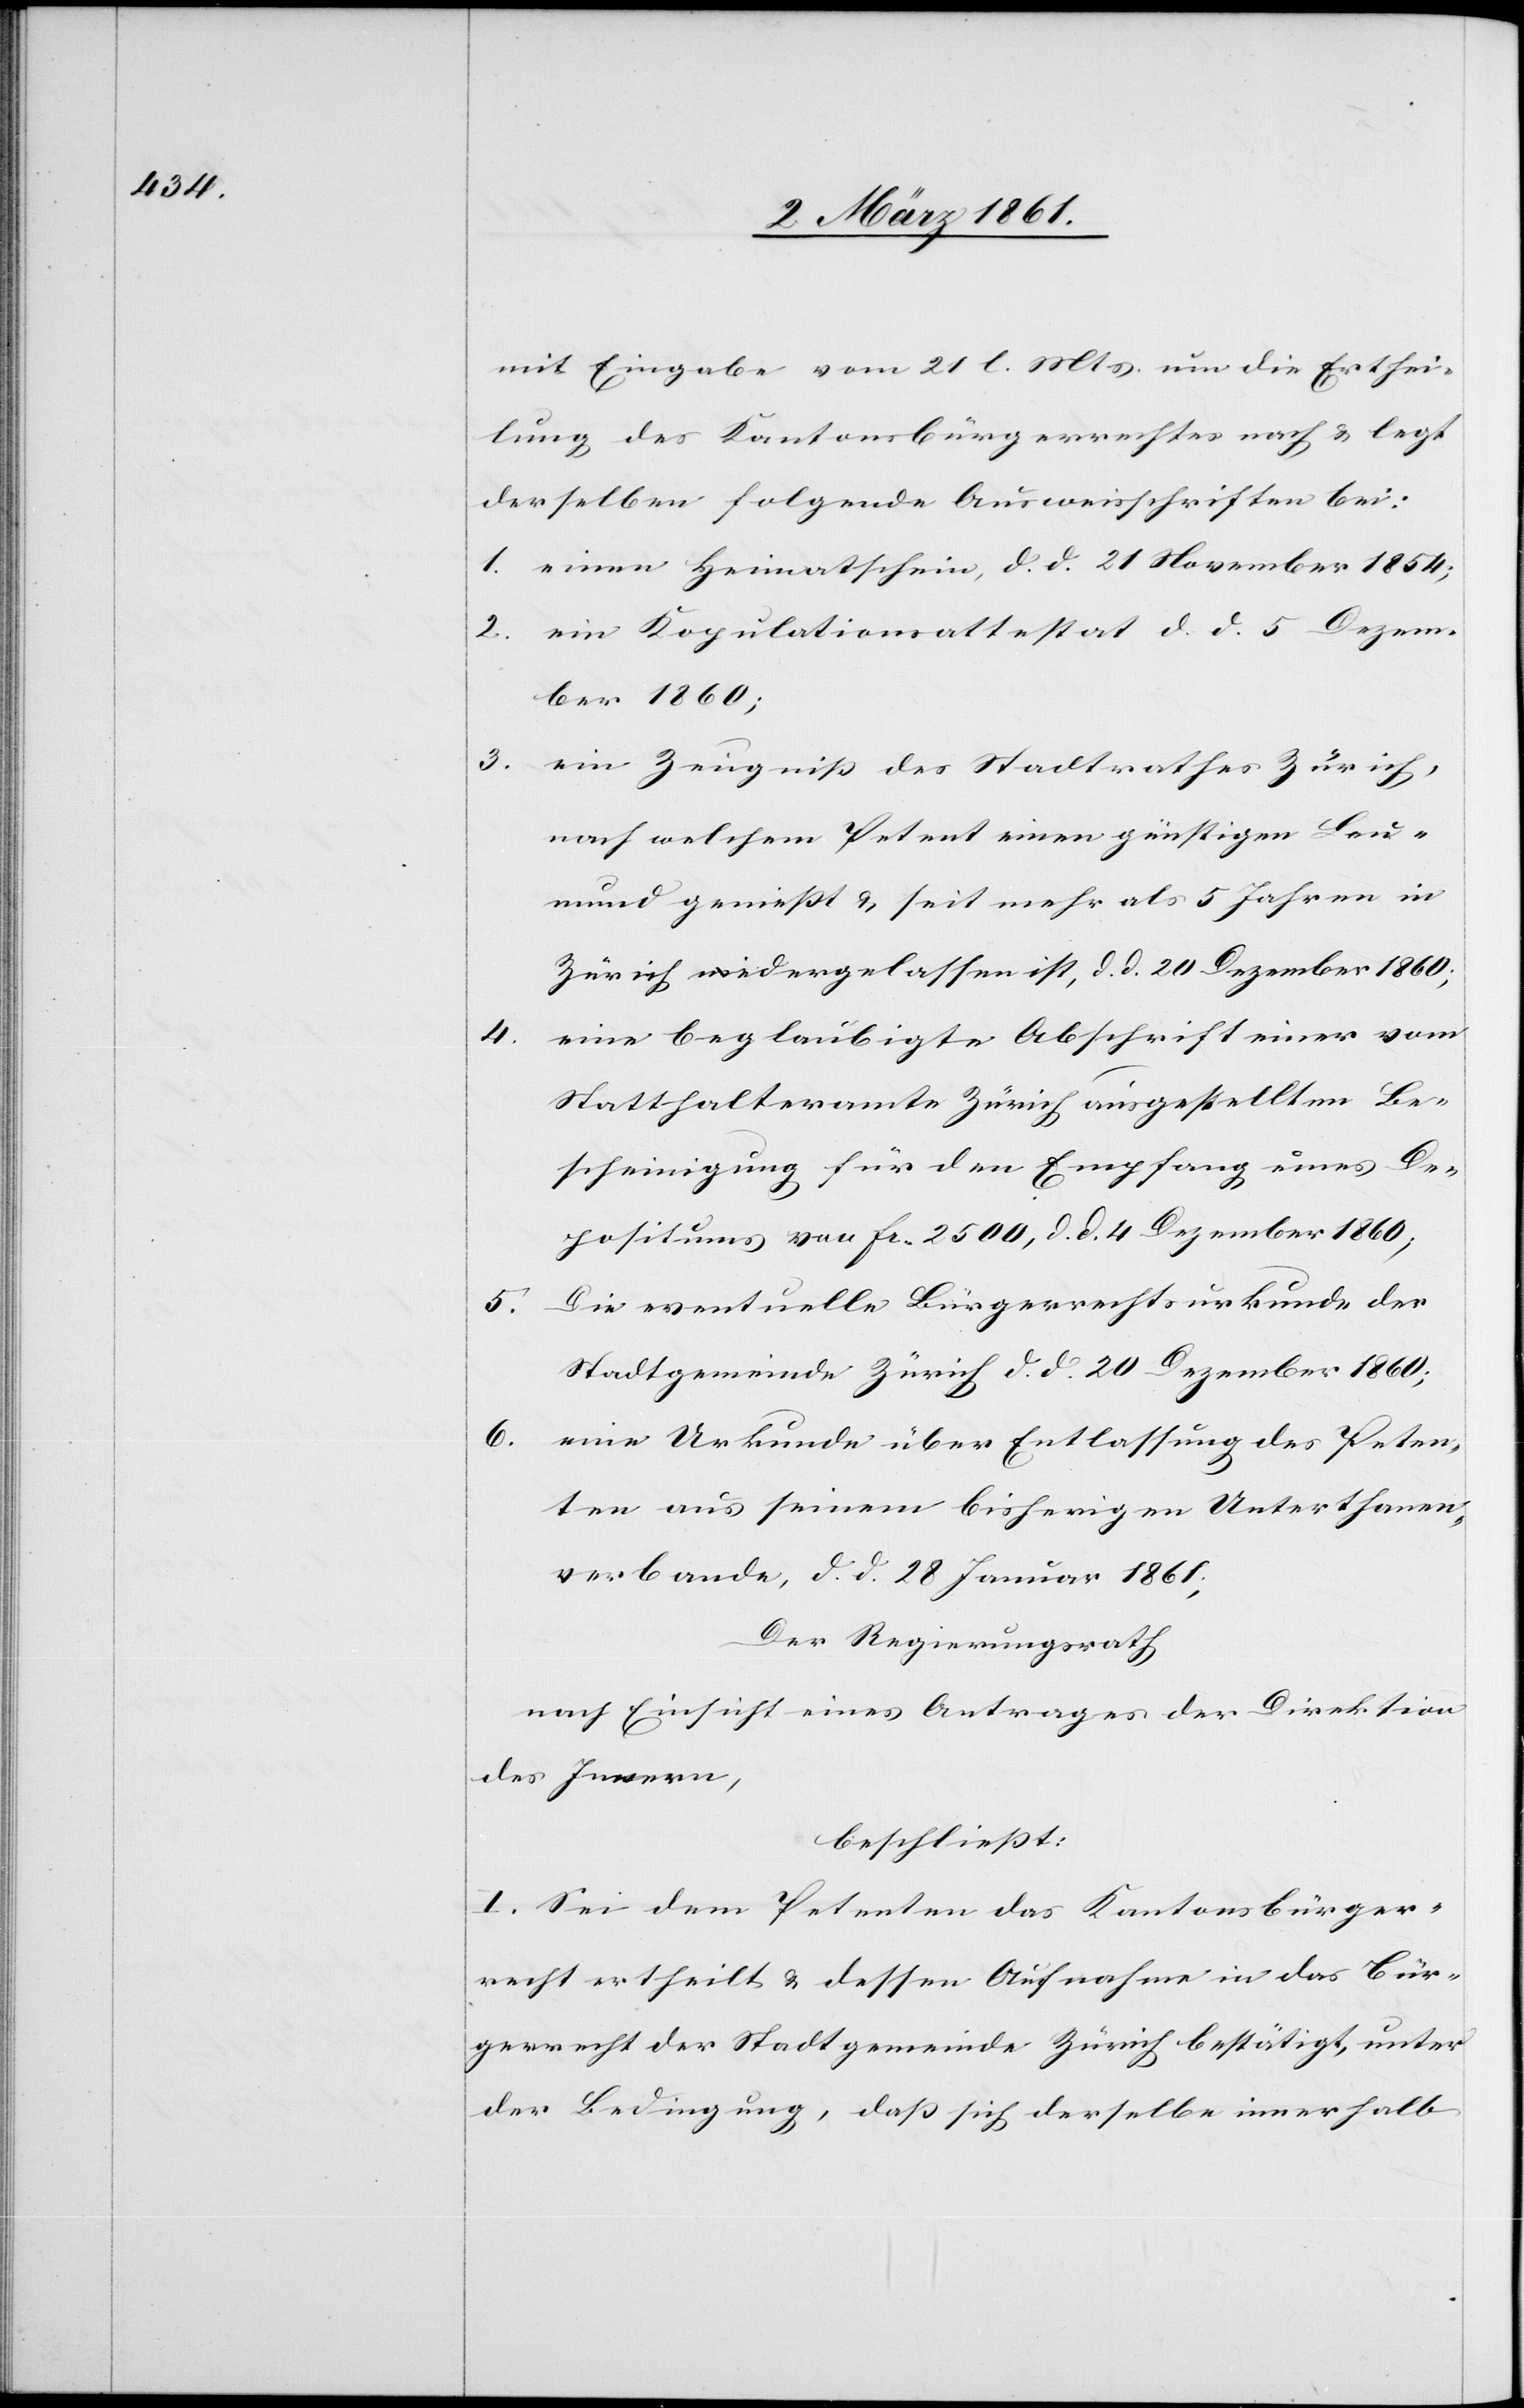
mit Eingabe vom 21 l. Mts. um die Erthei¬
lung des Kantonsbürgerrechtes nach u. legt
derselben folgende Ausweisschriften bei:
1. einen Heimatschein, d. d. 21 November 1854;
2. ein Kopulationsattestat d. d. 5 Dezem¬
ber 1860;
3. ein Zeugniss des Stadtrathes Zürich,
nach welchem Petent einen günstigen Leu¬
mund geniesst u. seit mehr als 5 Jahren in
Zürich niedergelassen ist, d. d. 20 Dezember 1860;
4.
eine beglaubigte Abschrift einer vom
Statthalteramte Zürich ausgestellten Be¬
scheinigung für den Empfang eines De¬
positums von fr. 2500, d. d. 4 Dezember 1860;
Die eventuelle Bürgerrechtsurkunde der
5.
Stadtgemeinde Zürich d. d. 20 Dezember 1860;
6. eine Urkunde über Entlassung des Peten¬
ten aus seinem bisherigen Unterthanen¬
verbande, d. d. 28 Januar 1861;
Der Regierungsrath
nach Einsicht eines Antrages der Direktion
des Innern,
beschliesst:
I. Sei dem Petenten das Kantonsbürger¬
recht ertheilt u. dessen Aufnahme in das Bür¬
gerrecht der Stadtgemeinde Zürich bestätigt, unter
der Bedingung, dass sich derselbe innerhalb